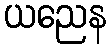
ယညေန